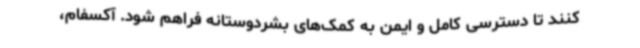
کنند تا دسترسی کامل و ایمن به کمک‌های بشردوستانه فراهم شود. آکسفام،